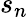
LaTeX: s_{n}